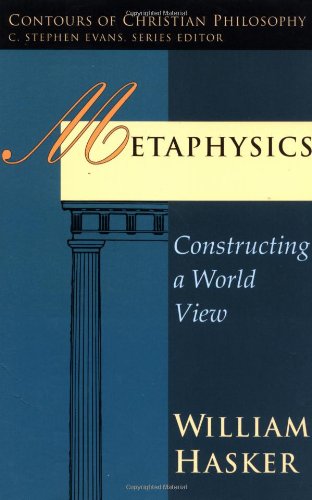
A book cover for Metaphysics: Constructing a World View (Contours of Christian Philosophy); William Hasker; Politics & Social Sciences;